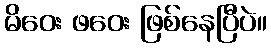
မိဝေး ဖဝေး ဖြစ်နေပြီပဲ။